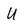
Character: U